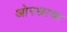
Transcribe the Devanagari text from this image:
ओरछाचा